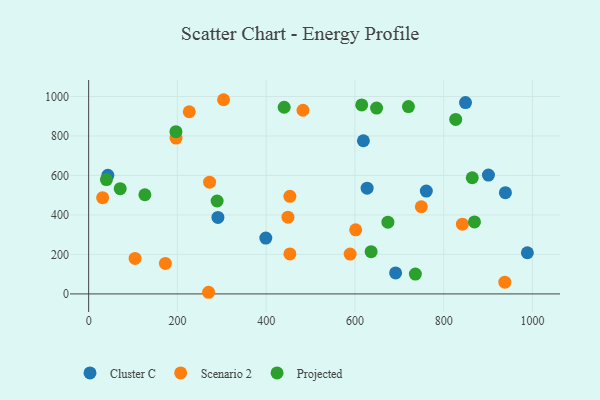
{"axis": {"x": "Ad Spend", "y": "Rating"}, "legend": ["Cluster C", "Projected", "Scenario 2"], "data": [{"x": "900.9", "y": 601.7, "type": "Cluster C"}, {"x": "291.3", "y": 387.2, "type": "Cluster C"}, {"x": "849.2", "y": 968.9, "type": "Cluster C"}, {"x": "399.2", "y": 282.8, "type": "Cluster C"}, {"x": "43.3", "y": 601.1, "type": "Cluster C"}, {"x": "691.7", "y": 106.2, "type": "Cluster C"}, {"x": "627.5", "y": 535.6, "type": "Cluster C"}, {"x": "939.1", "y": 512.5, "type": "Cluster C"}, {"x": "988.6", "y": 208.4, "type": "Cluster C"}, {"x": "760.9", "y": 520.7, "type": "Cluster C"}, {"x": "619.1", "y": 775.8, "type": "Cluster C"}, {"x": "483.0", "y": 930.1, "type": "Scenario 2"}, {"x": "601.7", "y": 324.5, "type": "Scenario 2"}, {"x": "104.6", "y": 179.7, "type": "Scenario 2"}, {"x": "272.5", "y": 565.9, "type": "Scenario 2"}, {"x": "31.5", "y": 487.2, "type": "Scenario 2"}, {"x": "749.6", "y": 441.5, "type": "Scenario 2"}, {"x": "304.0", "y": 983.5, "type": "Scenario 2"}, {"x": "453.5", "y": 202.5, "type": "Scenario 2"}, {"x": "172.9", "y": 154.4, "type": "Scenario 2"}, {"x": "196.9", "y": 789.3, "type": "Scenario 2"}, {"x": "449.1", "y": 388.5, "type": "Scenario 2"}, {"x": "937.8", "y": 59.6, "type": "Scenario 2"}, {"x": "589.2", "y": 201.8, "type": "Scenario 2"}, {"x": "226.7", "y": 922.7, "type": "Scenario 2"}, {"x": "270.3", "y": 8.3, "type": "Scenario 2"}, {"x": "453.4", "y": 494.2, "type": "Scenario 2"}, {"x": "842.2", "y": 353.3, "type": "Scenario 2"}, {"x": "40.1", "y": 579.1, "type": "Projected"}, {"x": "648.8", "y": 941.3, "type": "Projected"}, {"x": "869.4", "y": 364.5, "type": "Projected"}, {"x": "827.1", "y": 883.7, "type": "Projected"}, {"x": "636.5", "y": 214.1, "type": "Projected"}, {"x": "864.4", "y": 588.4, "type": "Projected"}, {"x": "71.1", "y": 533.1, "type": "Projected"}, {"x": "289.5", "y": 470.6, "type": "Projected"}, {"x": "440.6", "y": 945.4, "type": "Projected"}, {"x": "615.3", "y": 957.1, "type": "Projected"}, {"x": "736.2", "y": 100.6, "type": "Projected"}, {"x": "126.7", "y": 502.3, "type": "Projected"}, {"x": "720.6", "y": 948.8, "type": "Projected"}, {"x": "196.7", "y": 821.8, "type": "Projected"}, {"x": "674.3", "y": 363.2, "type": "Projected"}]}